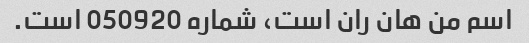
اسم من هان ران است، شماره 050920 است.